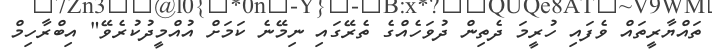
ތައްޔާރީތައް ވެފައި ހުރީމަ ދެތިން ދުވަހެއްގެ ތެރޭގައި ނިމޭނެ ކަމަށް އުއްމީދުކުރެވޭ" އިބްރާހިމް